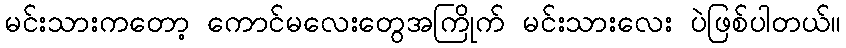
မင်းသားကတော့ ကောင်မလေးတွေအကြိုက် မင်းသားလေး ပဲဖြစ်ပါတယ်။